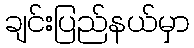
ချင်းပြည်နယ်မှာ